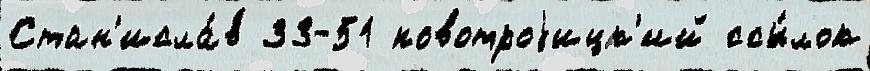
Стан'исла́в 33-51 новотроjицк'ий ссы́лок